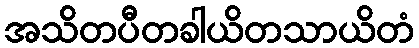
အသိတပီတခါယိတသာယိတံ